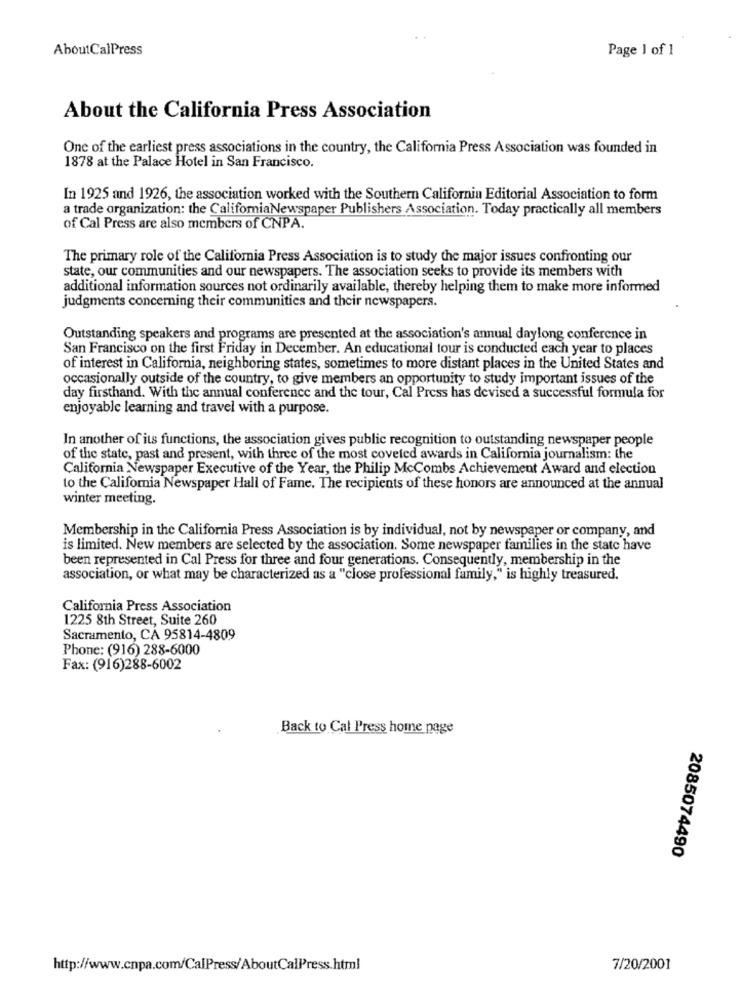
AboutCalPress
Page 1 of 1
About the California Press Association
One of the earliest press associations in the country, the California Press Association was founded in
1878 at the Palace Hotel in San Francisco.
In 1925 and 1926, the association worked with the Southern California Editorial Association to form
a trade organization: the CaliforniaNewspaper Publishers Association. Today practically all members
of Cal Press are also members of CNPA.
The primary role of the California Press Association is to study the major issues confronting our
state, our communities and our newspapers. The association seeks to provide its members with
additional information sources not ordinarily available, thereby helping them to make more informed
judgments concerning their communities and their newspapers.
Outstanding speakers and programs are presented at the association's annual daylong conference in
San Francisco on the first Friday in December. An educational tour is conducted each year to places
of interest in California, neighboring states, sometimes to more distant places in the United States and
occasionally outside of the country, to give members an opportunity to study important issues of the
day firsthand. With the annual conference and the tour, Cal Press has devised a successful formula for
enjoyable learning and travel with a purpose.
In another of its functions, the association gives public recognition to outstanding newspaper people
of the state, past and present, with three of the most coveted awards in California journalism: the
California Newspaper Executive of the Year, the Philip McCombs Achievement Award and election
to the California Newspaper Hall of Fame. The recipients of these honors are announced at the annual
winter meeting.
Membership in the California Press Association is by individual, not by newspaper or company, and
is limited. New members are selected by the association. Some newspaper families in the state have
been represented in Cal Press for three and four generations. Consequently, membership in the
association, or what may be characterized as a "close professional family," is highly treasured.
California Press Association
1225 8th Street, Suite 260
Sacramento, CA 95814-4809
Phone: (916) 288-6000
Fax: (916)288-6002
Back to Cal Press home page
2085074490
http://www.cnpa.com/CalPress/AboutCalPress.html
7/20/2001